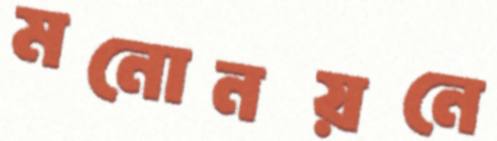
মনোনয়নে